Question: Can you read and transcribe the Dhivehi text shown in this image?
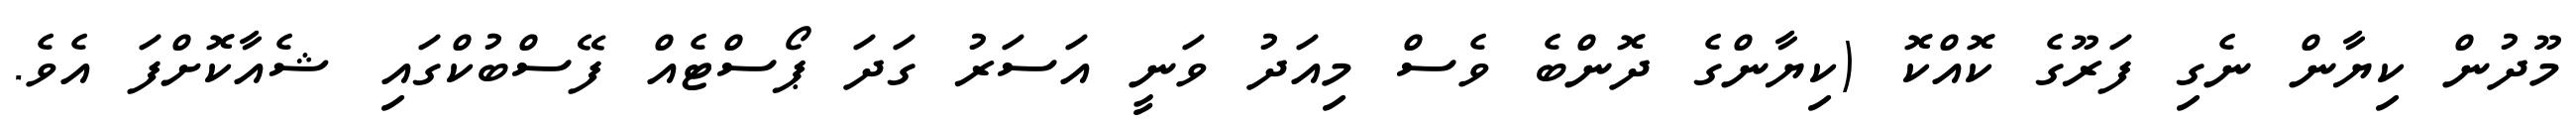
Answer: މޫދުން ކިޔާން ނެގި ފަރޫގެ ކޮއްކޮ (ކިޔާންގެ ދޮންބެ ވެސް މިއަދު ވަނީ އަސަރު ގަދަ ޕޯސްޓެއް ފޭސްބުކްގައި ޝެއާކޮށްފަ އެވެ.